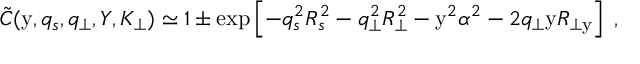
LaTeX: \tilde { C } ( \mathrm { y } , q _ { s } , q _ { \perp } , Y , K _ { \perp } ) \simeq 1 \pm \exp \left[ - q _ { s } ^ { 2 } R _ { s } ^ { 2 } - q _ { \perp } ^ { 2 } R _ { \perp } ^ { 2 } - \mathrm { y } ^ { 2 } \alpha ^ { 2 } - 2 q _ { \perp } \mathrm { y } R _ { \perp \mathrm { y } } \right] \; ,